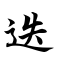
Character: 迭